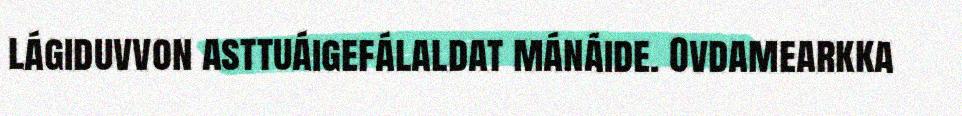
lágiduvvon asttuáigefálaldat mánáide. Ovdamearkka